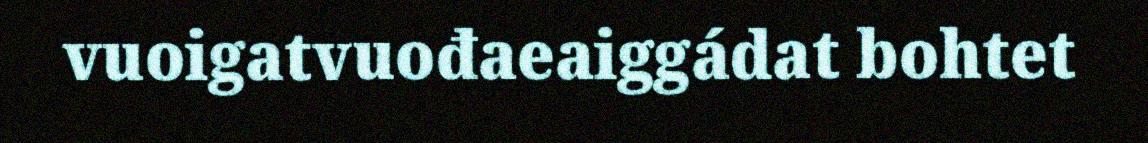
vuoigatvuođaeaiggádat bohtet